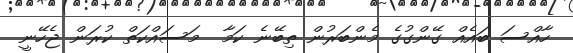
ހާއްސަ ބައެއް ގޭންގުގެ މެންބަރުން ތިބޭނެ ކަމާ  މަސައްކަތް ކުރަން ޖެހޭނީ